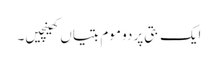
ایک بتی پر دو موم بتیاں کھینچیں۔